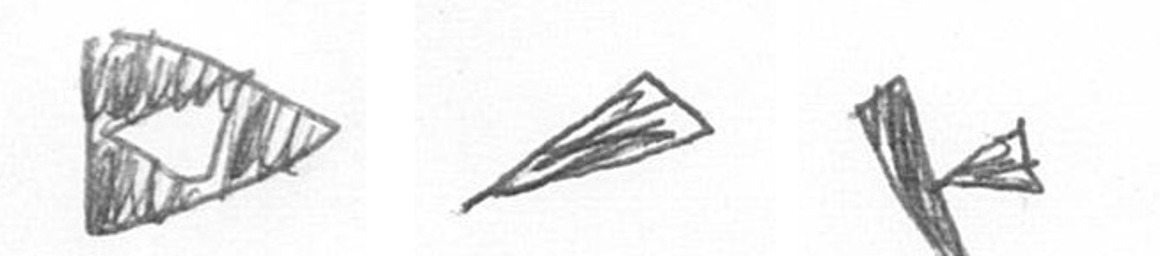
K O F